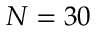
N = 3 0